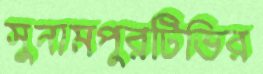
সুনামপুরটিভির